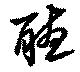
聴